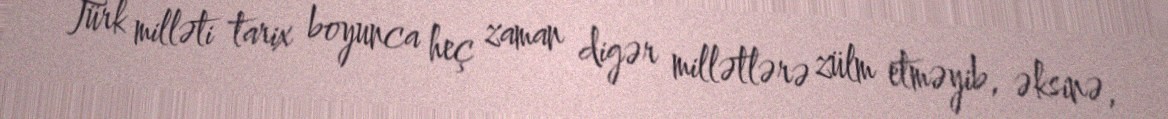
Türk milləti tarix boyunca heç zaman digər millətlərə zülm etməyib, əksinə,